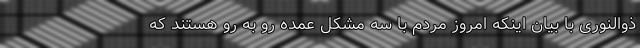
ذوالنوری با بیان اینکه امروز مردم با سه مشکل عمده رو به رو هستند که